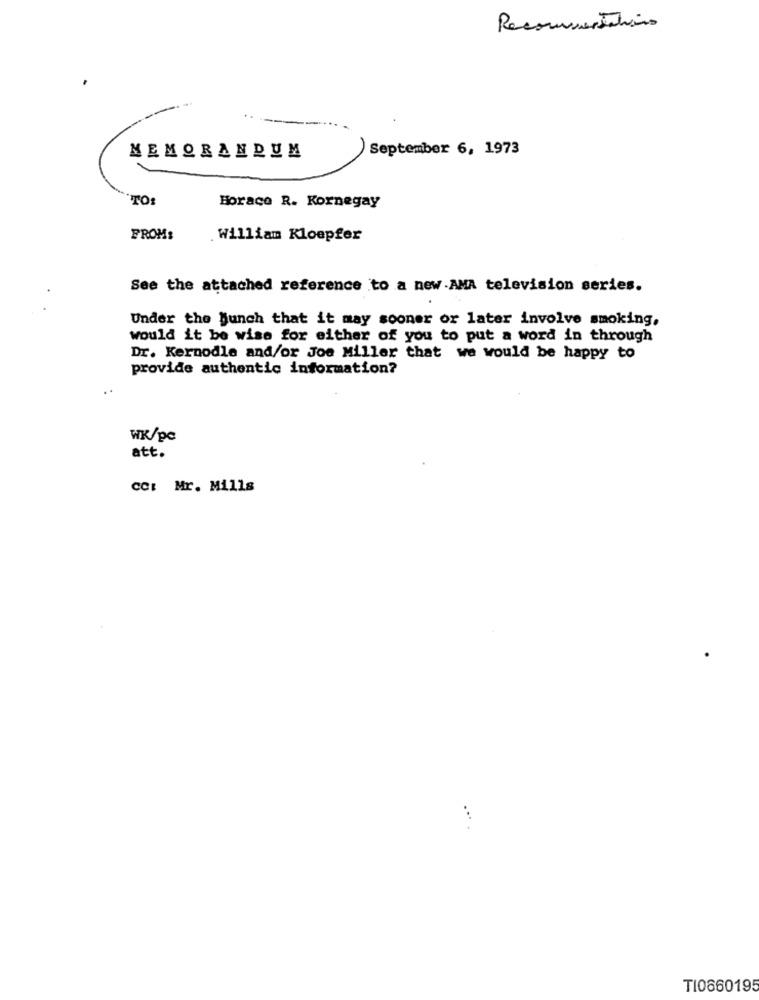
Recommendations
September 6, 1973
MEMORANDUM
TO:
Horace R. Kornegay
FROM:
.William Kloepfer
See the attached reference to a new.AMA television series.
Under the Bunch that it may sooner or later involve smoking,
would it be wise for either of you to put a word in through
Dr. Kernodle and/or Joe Miller that we would be happy to
provide authentic information?
WK/pc
att.
cc: Mr. Mills
TI0660195